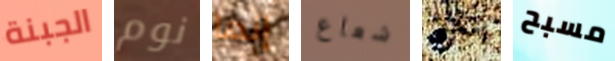
الجبنة نوم إنها شعاع إسمعيني مسبح